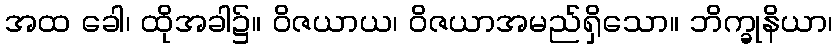
အထ ခေါ၊ ထိုအခါ၌။ ဝိဇယာယ၊ ဝိဇယာအမည်ရှိသော။ ဘိက္ခုနိယာ၊